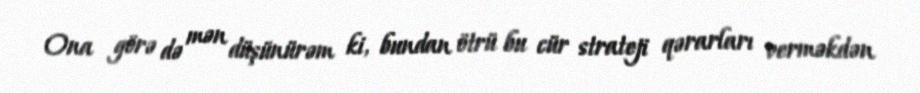
Ona görə də mən düşünürəm ki, bundan ötrü bu cür strateji qərarları verməkdən